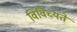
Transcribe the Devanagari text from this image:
विविच्यंते